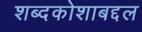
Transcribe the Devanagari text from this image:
शब्दकोशाबद्दल